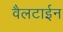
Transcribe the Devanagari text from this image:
वैलटाईन